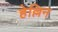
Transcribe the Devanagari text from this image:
हेल्लिन